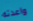
واعدته